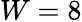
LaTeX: W=8